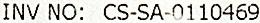
INV NO: CS-SA-0110469